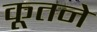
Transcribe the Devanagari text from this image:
कूतने